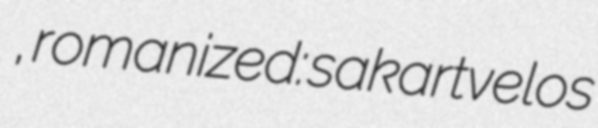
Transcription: ეროვნული მუზეუმი, romanized: sakartvelos